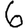
Digit: 6